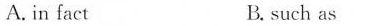
A.in fact B. such as